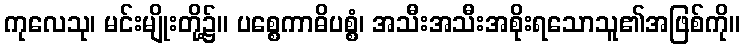
ကုလေသု၊ မင်းမျိုးတို့၌။ ပစ္စေကာဓိပစ္စံ၊ အသီးအသီးအစိုးရသောသူ၏အဖြစ်ကို။